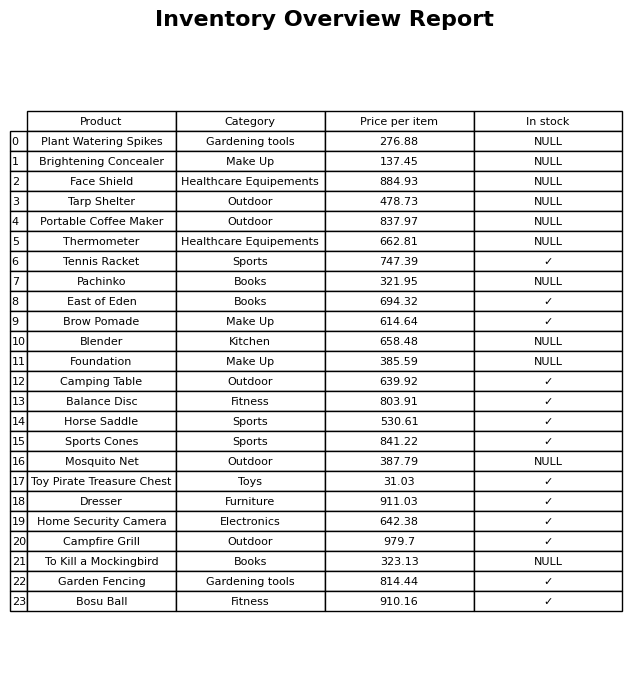
question: What is the price of the To Kill a Mockingbird?
answer: The price of To Kill a Mockingbird is 323.13.